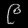
Digit: ၉